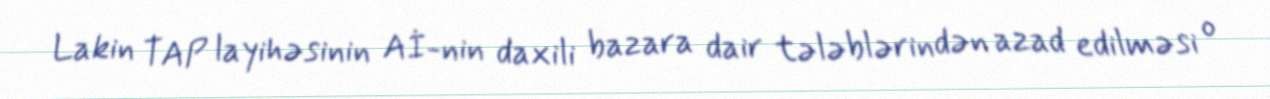
Lakin TAP layihəsinin Aİ-nin daxili bazara dair tələblərindən azad edilməsi o